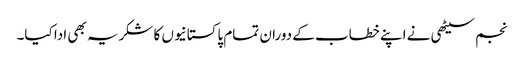
نجم سیٹھی نے اپنے خطاب کے دوران تمام پاکستانیوں کا شکریہ بھی ادا کیا۔